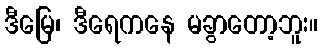
ဒီမြေ၊ ဒီရေကနေ မခွာတော့ဘူး။